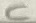
Text: C